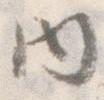
内